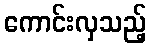
ကောင်းလှသည့်